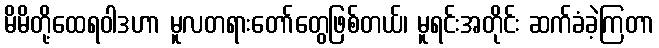
မိမိတို့ထေရဝါဒဟာ မူလတရားတော်တွေဖြစ်တယ်၊ မူရင်းအတိုင်း ဆက်ခံခဲ့ကြတာ